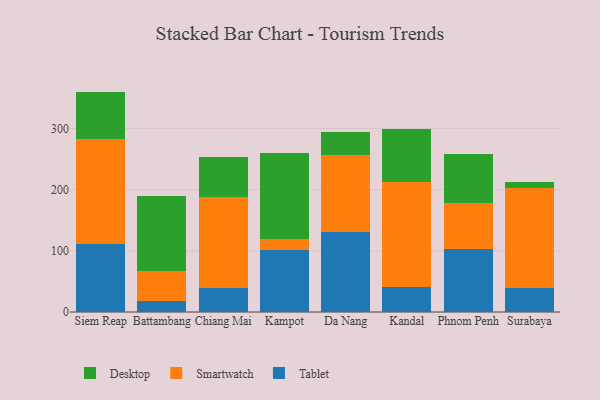
{"axis": {"x": "City", "y": "Waste Production (Tons)"}, "legend": ["Desktop", "Smartwatch", "Tablet"], "data": [{"x": "Siem Reap", "y": 111.4, "type": "Tablet"}, {"x": "Siem Reap", "y": 170.7, "type": "Smartwatch"}, {"x": "Siem Reap", "y": 78.2, "type": "Desktop"}, {"x": "Battambang", "y": 18.8, "type": "Tablet"}, {"x": "Battambang", "y": 48.8, "type": "Smartwatch"}, {"x": "Battambang", "y": 122.8, "type": "Desktop"}, {"x": "Chiang Mai", "y": 39.7, "type": "Tablet"}, {"x": "Chiang Mai", "y": 148.2, "type": "Smartwatch"}, {"x": "Chiang Mai", "y": 65.0, "type": "Desktop"}, {"x": "Kampot", "y": 100.9, "type": "Tablet"}, {"x": "Kampot", "y": 18.9, "type": "Smartwatch"}, {"x": "Kampot", "y": 140.3, "type": "Desktop"}, {"x": "Da Nang", "y": 130.0, "type": "Tablet"}, {"x": "Da Nang", "y": 126.8, "type": "Smartwatch"}, {"x": "Da Nang", "y": 37.5, "type": "Desktop"}, {"x": "Kandal", "y": 40.2, "type": "Tablet"}, {"x": "Kandal", "y": 172.7, "type": "Smartwatch"}, {"x": "Kandal", "y": 87.0, "type": "Desktop"}, {"x": "Phnom Penh", "y": 103.4, "type": "Tablet"}, {"x": "Phnom Penh", "y": 74.7, "type": "Smartwatch"}, {"x": "Phnom Penh", "y": 81.0, "type": "Desktop"}, {"x": "Surabaya", "y": 39.3, "type": "Tablet"}, {"x": "Surabaya", "y": 163.9, "type": "Smartwatch"}, {"x": "Surabaya", "y": 8.6, "type": "Desktop"}]}